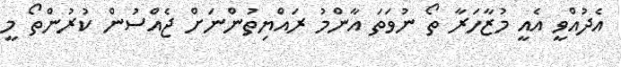
އެދުއްވީ އެއީ މުޒާހަރާ ތޯ ނުވަތަ އާންމު ރައްޔިތުންނަށް ޖެއްސުން ކުރުންތޯ މީ